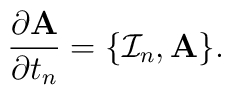
\frac{ \partial {\rm {\bf A}}}{\partial t_n} = \{ {\cal I}_n , {\rm      {\bf A}} \} .